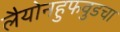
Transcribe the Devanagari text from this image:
लैयोनहुफवुडचा